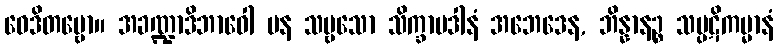
ဝေဒိတဗ္ဗော။ အခဏ္ဍာဒိဘာဝေါ ပန သဗ္ဗသော သိက္ခာပဒါနံ အဘေဒေန, ဘိန္နာနဉ္စ သပ္ပဋိကမ္မာနံ